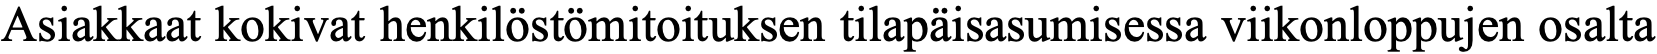
Asiakkaat kokivat henkilöstömitoituksen tilapäisasumisessa viikonloppujen osalta